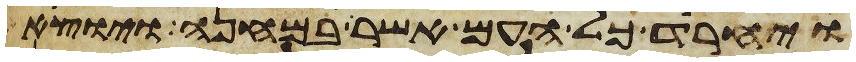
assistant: ויחרד כל העם אשר במחנה ויוצא